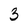
Character: 3